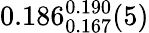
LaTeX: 0.186_{0.167}^{0.190}(5)